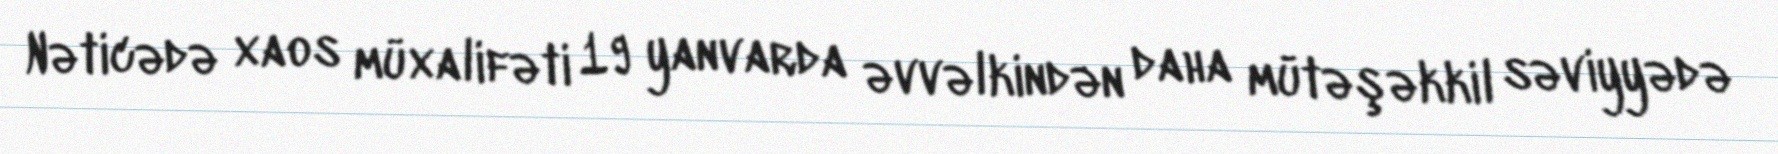
Nəticədə xaos müxalifəti 19 yanvarda əvvəlkindən daha mütəşəkkil səviyyədə